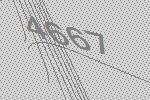
4667